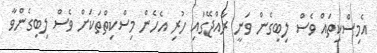
އެމިސްކިތައް ވެސް ލިބިގެން ވަނީ ރާއްޖޭގައި ހުރި އެހެން މިސްކިތްތަކަށް ވެސް ލިބިގެންވާ